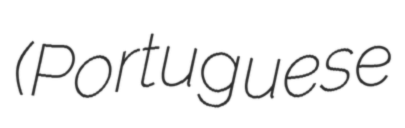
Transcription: (Portuguese